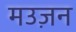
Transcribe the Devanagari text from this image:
मउज़न